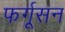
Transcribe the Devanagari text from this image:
फर्गूसन